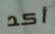
أكد